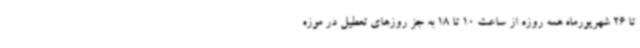
تا 26 شهریورماه همه روزه از ساعت 10 تا 18 به جز روزهای تعطیل در موزه